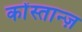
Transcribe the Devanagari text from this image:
कोंस्तान्ज़